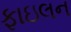
ફાઇલન